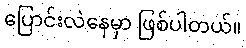
ပြောင်းလဲနေမှာ ဖြစ်ပါတယ်။